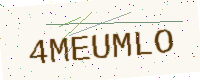
Text: 4MEUMLO